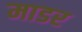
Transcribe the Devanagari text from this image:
माडर